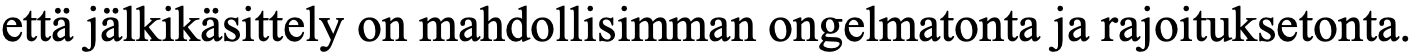
että jälkikäsittely on mahdollisimman ongelmatonta ja rajoituksetonta.